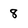
Character: 8